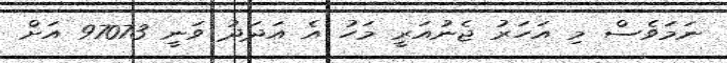
ނަމަވެސް މި އަހަރު ޖެނުއަރީ މަހު އެ އަދަދު ވަނީ 97073 އަށް